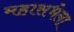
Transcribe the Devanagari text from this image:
महासभेला